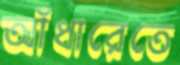
আঁধারেতে